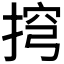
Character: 𢮍